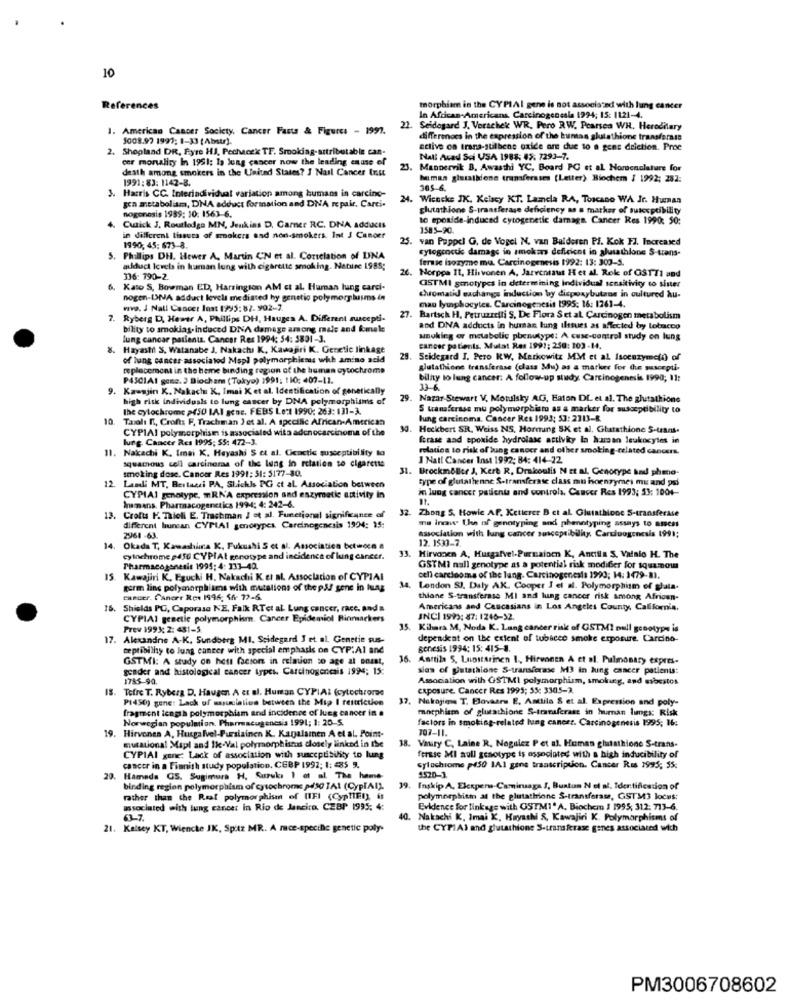
10
References
morphism in the CYPIAI gene is not associated with lung cancer
In African-Americans, Carcinogenesla 1994; 15: 1121-4.
1. American Cancer Society, Cancer Facts & Figures - 1997.
22
Seidogard J. Verschek WR, Pero RW. Pearson WH. Hereditary
5008.97 1997: 1-33 (Abstr).
differmocs in the expression of the kuntas slutathione transferass
2. Shopland DR, Fyre HJ, Pechacek TF. Smoking-attributable can-
active on trans-stilbene oxide are due to a gens deiction. Proe
cer mortality In 1951; Is lung cancer now the leading cause of
Nali Acad Sci USA 1988: 45: 7293-7.
death among smokers in the United States? J Nail Cancer Inst
23.
. Mannervik B. Awasthi YC, Board PC et al Horecaolature for
1991:83: 1142-8.
human gierathione transferssms (Letter) Biochem I 1992; 282.
305-6.
3. Harris CC. Interindividual variation among humans in carcino-
24. Wicecke JK. Kelacy KT. Lamela RA, Toscano WA Jr. Hunan
24.
gra metabolisma, DNA adduct formation and DNA repair, Carci-
nogenesis 1989: 10: 1563-6.
glutathione S-transferase deficiency as a marker of susceptibility
to sposide-induced cytogenetic darnaga. Cancer Res 1990: 50:
Cusick J. Routledge MN, Jenkins D, Carner RC. DNA addacts
1585-90.
in different tissues of smokers and non-smokers. Int J Cancer
25. van Poppel G. de Vogel N. van Balderen Pf. Kok FJ, Increased
1990; 45; 673-8.
cytogcoctic damage in amokan deficient in plusathlone S-trans-
Phillips DH. Hewer A, Martin CN et al. Correlation of DNA
fernse isozyme ma. Carcinogenesis 1992: 13: 300-5.
adduct levels in human lung with cigarette smoking. Natitre 1985;
20.
Norppa It, Hirvonen A. Jarventaus Het al. Rok of GSTTI and
336: 190-2.
GSTMI gmotypes in determining Individual sensitivity to sinter
6.
Kato S, Bowman ED, Harrington AM et al. Human lung carci-
nogen-INA adduct levels mediated hy genetic polymorphisms in
chromatid eachangs induction by dispoxybutane in cultured Au-
vivo. J Nall Cancer Inst 1995:87.902-7.
27.
mau lymphocytes. Carcinogenesis 1995: 16: 1261-4.
7. Ryberg D. Hewer A, Phillips DH, Hauges A. Different suscepti.
Bartsch H, Petruzzelli S, De Flora Set al. Carcinogen metabolism
bility to smoking-induced DNA damage among male and female
and DNA adducts in human lung ilstues as affected by lotmacco
lung cancer patients. Cancer Res 1994: 54: 3801-3.
smoking or metabolic pbenutype: A cuse-control study on lung
Hayastil S. Watanabe J. Nakachı K, Kawajiri K. Genetic linkage
cancer patients, Mutat Res 1991; 250: 103-14.
of lung cancer associatod Mspl polymorphicmus whh amino acid
29. Seidegard J. Pero KW, Markowitz MM et al Isoenzymeto) of
replacement in the heme binding region of the human cytochrome
glutathione transferase (class Mu) as a marione for the suscepti-
P4SCIAI gese. 3 Biocham (Tokyo) 1991: 110: 407-11.
bility to lung cancer: A follow-up study Carcinogenesis 1990; 11:
9.
Kawajin K. Nakach K. Imai K et al. Identification of genetically
33-6
high risk individuals to lung cancer by DNA polymorphisms of
29. Nazar-Stewart V. Motulsky AG, Baton DL et al. The glutathione
The cytochrome p450 IAl gene. FEBS Lett 1990: 263: 131-3.
5 transferase mu polymorphism as a marker for susceptibility to
10
Taxalı It, Crofts F, Trachman ) et al. A specific African-American
lung carcinoma. Cancer Res 1993: 53:2113-8
CYPIAI polymorphism is associated wita adenocarcinoma of the
Heckbert SR. Weiss NS. Horring SK et al, Ghatathione S-trans.
lung Cancer Res 1995: 55: 472-3.
frase aad epoxide hydrolase activity la human leukocytes in
11. Nakachi K. Imai K. Hayashi S et al. Cienctic susceptibility to
relation to risk of lung cancer and other smoking-related cancers.
squamous cell carcinera of the lung in relation to cigarette
I Natt Cancer Inst 1992; 84: 414-72
smoking dose. Cancer Res 1991: 51: 5177-80.
31. Brockmöller J, Kert R, Drakoulis N et al. Genotype and phme-
type of glutathenne S-transferase class mu inoenzymes mu and psi
12.
Landi MT, Bertaeci PA, Slickls PG et al. Association between
in lung cancer patients and controla, Cancer Res 1993; 53: 100+-
CYPIAI genotype. mRNA expression and enzymatie activity in
hamans. Pharmacogenctics 1994: 4: 242-6.
32
Zhong S. Howie AF. Ketterer B et al. Glutathionc S-transferase
13.
Crofts P. Thioll E. Trashman J et al. Functional significance of
ma Incawe the of genotyping and phenotyping assays to assess
different huncan CYPIAI genotypes Carcinogenesis 1924: 15:
2961 -63.
association with lung cancer susceptibility Carcinogenesis 1991;
12. 1533-7.
14. Okada T, Kawashima K, Fukushi S et al. Association bctmocn a
cytochrome p450 CYPIAt genotype and incidence of lung cancer.
33. Hirvonen A. Husgafvel-Purmaiocn K, Ancilla S. Valnio H. The
Pharmacogenesis 1995; 4: 133-40.
GSTMI nall genotype as a potential risk modifier for squamow
15
Kawajiri K. Eguchi H. Nakachi K. et al. Association of CYPIAI
cell carcinoma of the lang. Carcinogenesis 1993; 14: 1479-81.
germ linc polymorphisms with mutations of the pal sene in Iung
London SJ. Daly AK. Cooper I el al. Polymorphism of glala.
cancer. Cancer Res 1996: 56- 72-6.
thione S-transferase MI and lung cancer risk among African-
15.
Shields PC, Caporaso NE, Falk RTet al Lung cancer, racc, and
Americans and Caucasians in Los Angeles County, California.
CYPIAI geactie polymorphism. Cancer Epidemiol Rinmarkers
INCI 1993: 87: 1246-52.
Prev 1991; 2: 481-5.
35. Kilmra M, Noda K. Lung cancer risk of GSTMI pull genotype is
17.
Alexandre A-K. Sundberg MI. Seidegard I et al. Genetic sus-
dependent on the extent of tobacco smoke exposure. Carcino-
ceptibilly to lung cancer with special emphasis on CYP:Al and
genesis 1994: 15: 415-8.
GSTMI: A study on hest (scion in relmien so age al Doust,
16.
Anttila 5. Luostarinen 1 ., Hirvonen A et al. Pulmonary expres-
gender and histological cancer types. Carcinogenesis 1994; 15:
sias of glutathione S-transferase M3 in lung cancer patients:
1785-90.
Association with GSTMI polymorphism, smoking, and sbestos
IS. Tefre T. Ryberg D. Haugen A et al. Human CYPIAL (cytochrome
caposure. Cancer Res 1995; 55: 3305-2.
P1450) gene: Lack of masumielius between the Mip I restriction
17.
Nakajima T. Elovaara E. Anttila & et al. Expression and poly-
fragment iengià polymorphism and incidence of lung cancer in a
morphism of glutathione S-transferase in human limgs: Risk
Norwegian population. Pharmacugenesis 1991; 1: 20-S.
factors in smoking-related lung cancer. Carcinogenesis 1995; I6:
19. Hirvonen A, Husgalvel-Pursiainen K. Kagalamen A et al. Point-
707-11.
18.
mutational Mapl and Ik.Val polymorphisnas closely linked in the
Vairy C, Laine R. Noguicz Pet al. Human glutathione S-trans-
CYPIAI gene: Lack of association with susceptibility to lung
ferase MI aull genotype is associated with a high inducibility of
cancer in a Finnish study population, CEBP 1992; 1: 485 9.
cytochrome p450 1A1 gens transcription. Cancer Rus 1995; 55:
1520-1
20. Hamada GS. Sugimura H, Suzuki 1 at al The heme
binding region polymorphism of cytochrome paso TA1 (CypIAI)
39. Inskip A, Elexperw-Camiruaga J. Buatom N el af. Icertification of
rather than the Real polymorphism of [IFI (CypMIEI), is
polymorphitin at the glutatirione S-transferase, GSTM3 locus:
associated with lung cancer in Rio de Janeiro. CEBP 1995: 4:
Evidence for linkage with OSTMI" A. Biochem 1 1995, 312: 713-6.
40.
Nakachi K. Imai K, Hayashi S, Kawajiri K. Polymorphisms of
21. Kelsey KT, Wiencke JK, Spitz MR. A mce-specific genetic poly.
the CYPIAI and glutathione S-transferase genes associated wich
PM3006708602